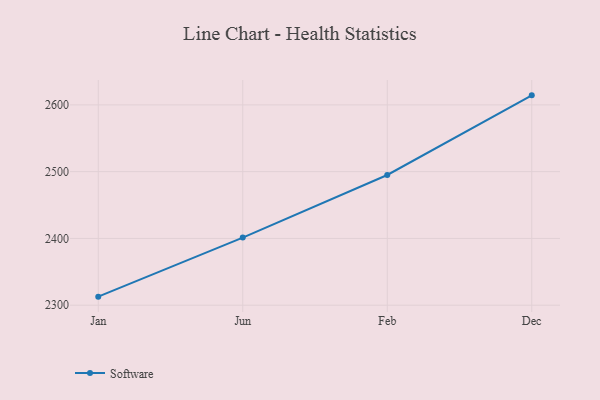
{"axis": {"x": "Month", "y": "Budget (USD K)"}, "legend": ["Software"], "data": [{"x": "Jan", "y": 2312.8, "type": "Software"}, {"x": "Jun", "y": 2401.3, "type": "Software"}, {"x": "Feb", "y": 2495.0, "type": "Software"}, {"x": "Dec", "y": 2614.3, "type": "Software"}]}